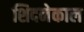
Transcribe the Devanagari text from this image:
शिदनेकाल